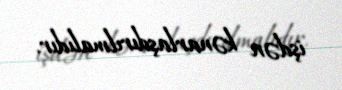
işdən kənarlaşdırılmalıdır.